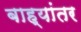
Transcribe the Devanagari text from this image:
बाह्यांतर